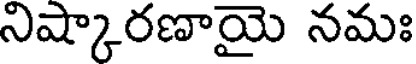
నిష్కారణాయై నమః